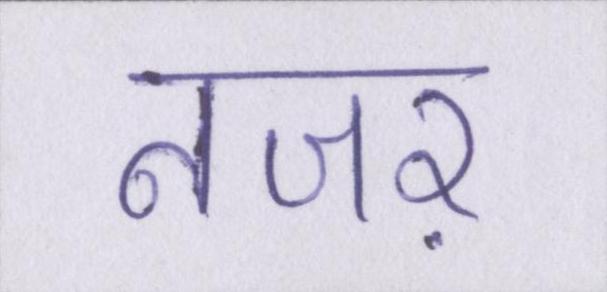
नजऱ